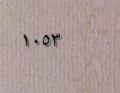
١٠٥٣